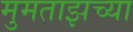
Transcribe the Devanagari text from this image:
मुमताझच्या